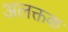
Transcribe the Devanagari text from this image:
अलक्तक